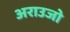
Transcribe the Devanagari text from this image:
अराउजो